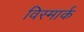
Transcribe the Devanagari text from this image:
विस्मार्क